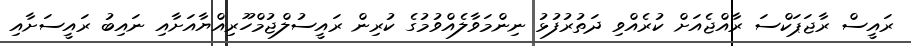
ރައީސް ރާޖަޕަކްސަ ރާއްޖެއަށް ކުރެއްވި ދަތުރުފުޅު ނިންމަވާލެއްވުމުގެ ކުރިން ރައީސުލްޖުމްހޫރިއްޔާއަށާއި ނައިބު ރައީސަށާއި